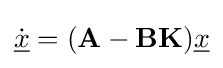
{\dot {\underline {x}}}=(\mathbf {A} -\mathbf {B} \mathbf {K} ){\underline {x}}